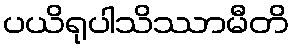
ပယိရုပါသိဿာမီတိ